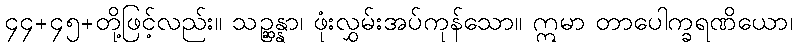
၄၄+၄၅+တို့ဖြင့်လည်း။ သဉ္ဆန္နာ၊ ဖုံးလွှမ်းအပ်ကုန်သော။ ဣမာ တာပေါက္ခရဏိယော၊